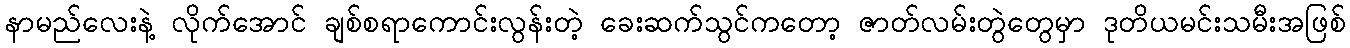
နာမည်လေးနဲ့ လိုက်အောင် ချစ်စရာကောင်းလွန်းတဲ့ ခေးဆက်သွင်ကတော့ ဇာတ်လမ်းတွဲတွေမှာ ဒုတိယမင်းသမီးအဖြစ်